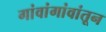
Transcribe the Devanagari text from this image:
गांवांगांवांतून